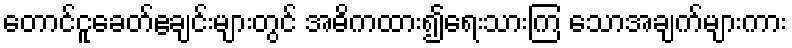
တောင်ငူခေတ်ဧချင်းများတွင် အဓိကထား၍ရေးသားကြ သောအချက်များကား